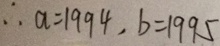
\therefore a = 1 9 9 4 , b = 1 9 9 5